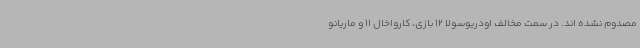
مصدوم نشده اند. در سمت مخالف اودریوسولا 12 بازی، کارواخال 11 و ماریانو